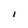
Character: I